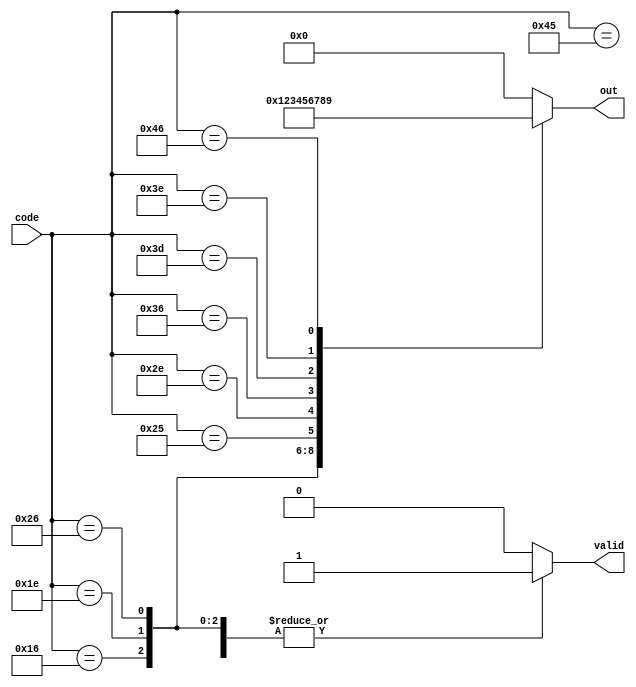
module top_module(
    input wire [7:0] code,
    output reg [3:0] out,
    output reg valid
);

    // Trigger the always block on any change in the input code
    always @(code) begin
        // Default values
        out = 4'b0000;
        valid = 1'b0;

        case (code)
            8'h45: begin out = 4'd0; valid = 1'b1; end // Scan code for 0
            8'h16: begin out = 4'd1; valid = 1'b1; end // Scan code for 1
            8'h1E: begin out = 4'd2; valid = 1'b1; end // Scan code for 2
            8'h26: begin out = 4'd3; valid = 1'b1; end // Scan code for 3
            8'h25: begin out = 4'd4; valid = 1'b1; end // Scan code for 4
            8'h2E: begin out = 4'd5; valid = 1'b1; end // Scan code for 5
            8'h36: begin out = 4'd6; valid = 1'b1; end // Scan code for 6
            8'h3D: begin out = 4'd7; valid = 1'b1; end // Scan code for 7
            8'h3E: begin out = 4'd8; valid = 1'b1; end // Scan code for 8
            8'h46: begin out = 4'd9; valid = 1'b1; end // Scan code for 9
            default: begin out = 4'b0000; valid = 1'b0; end // Invalid scan code
        endcase
    end
endmodule